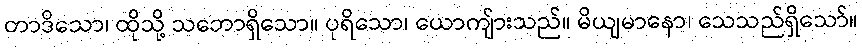
တာဒိသော၊ ထိုသို့ သဘောရှိသော။ ပုရိသော၊ ယောကျ်ားသည်။ မိယျမာနော၊ သေသည်ရှိသော်။